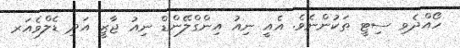
ހޯއްދެވި ސިޓީ ތަކުންނެވެ. އެއީ ނިއު އިންގްލޭންޑް ނިއު ޖާޒީ އަދި ޑެލްވެއަރ